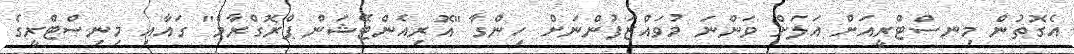
އެގޮތުން މިނސްޓްރީއަށް އަލަށް ވަންނަ މުވައްޒަފުންނަށް ހިންގާ "އޮރިއެންޓޭޝަން ޕްރޮގްރާމް" ގައާއި މިނިސްޓްރީގެ